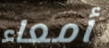
أمعاء